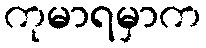
ကုမာရမှာက